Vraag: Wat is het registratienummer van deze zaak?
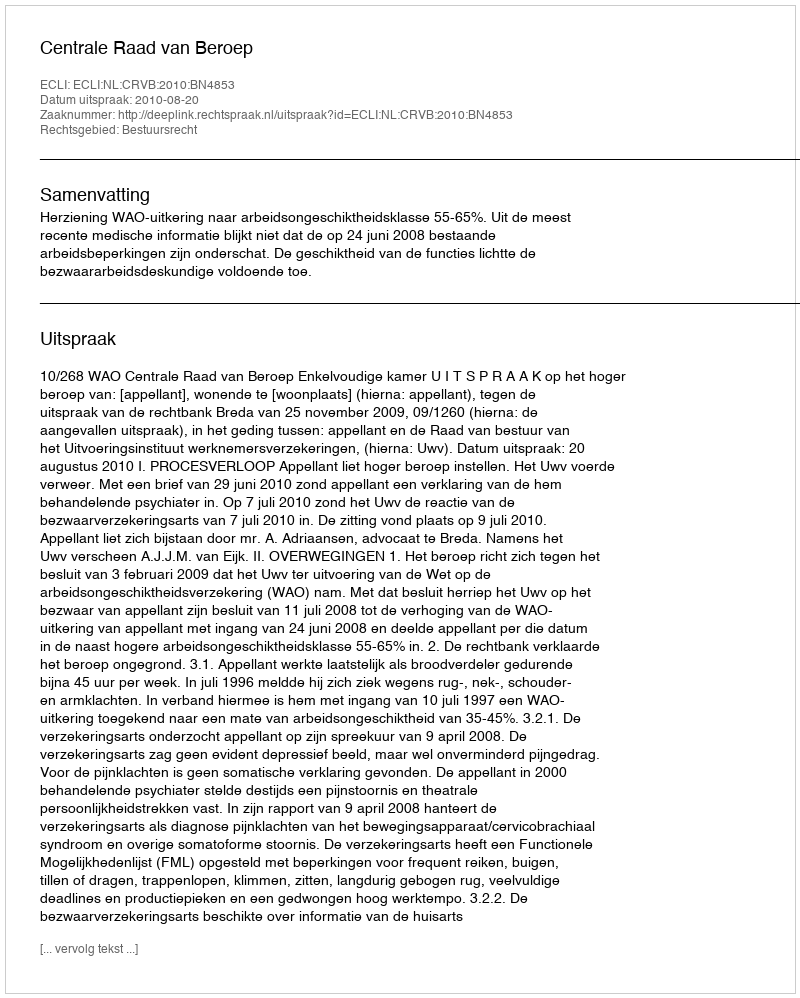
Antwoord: http://deeplink.rechtspraak.nl/uitspraak?id=ECLI:NL:CRVB:2010:BN4853